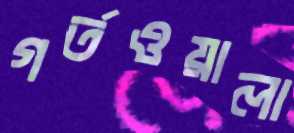
গর্তওয়ালা